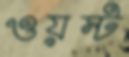
ওয়স্ট